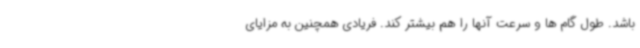
باشد. طول گام ها و سرعت آنها را هم بیشتر کند. فریادی همچنین به مزایای